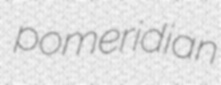
pomeridian